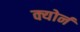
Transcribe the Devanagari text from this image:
क्योर्न